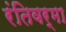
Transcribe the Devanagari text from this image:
रंतिवर्मा